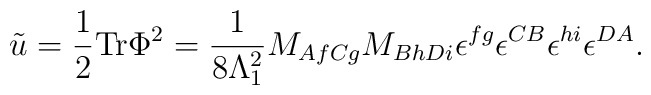
\tilde{u}=\frac{1}{2} {\rm Tr} \Phi^2 = \frac{1}{8\Lambda_1^2} M_{AfCg} M_{BhDi}\epsilon^{fg} \epsilon^{CB} \epsilon^{hi} \epsilon^{DA}.